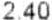
2.40